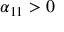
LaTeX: \alpha _ { 1 1 } > 0